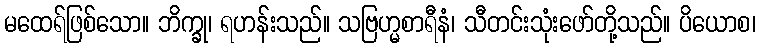
မထေရ်ဖြစ်သော။ ဘိက္ခု၊ ရဟန်းသည်။ သဗြဟ္မစာရီနံ၊ သီတင်းသုံးဖော်တို့သည်။ ပိယောစ၊